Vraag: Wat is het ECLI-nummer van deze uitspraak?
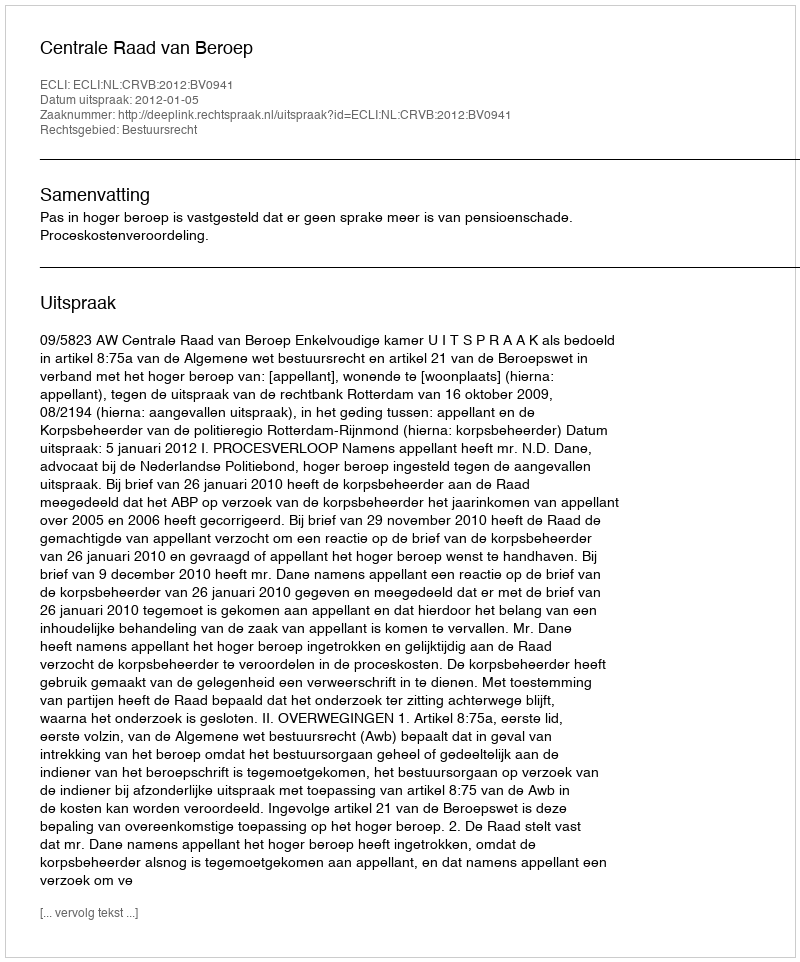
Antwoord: ECLI:NL:CRVB:2012:BV0941